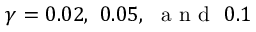
\gamma = 0 . 0 2 , ~ 0 . 0 5 , ~ \mathrm { ~ a ~ n ~ d ~ } ~ 0 . 1